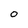
Character: 0